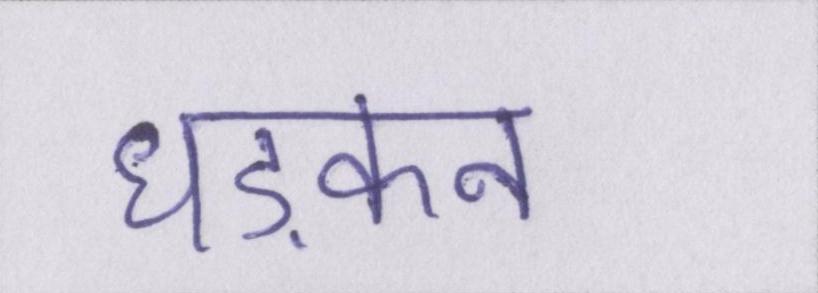
धड़कन